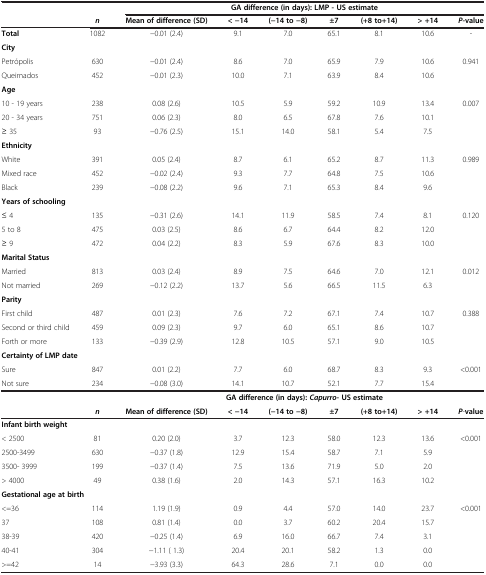
<table><thead><tr><td><b> </b></td><td><b> </b></td><td colspan="7"><b>GA difference (in days): LMP - US estimate</b></td></tr><tr><td><b> </b></td><td><b><i>n</i></b></td><td><b>Mean of difference (SD)</b></td><td><b>&lt; −14</b></td><td><b>(−14 to −8)</b></td><td><b>±7</b></td><td><b>(+8 to+14)</b></td><td><b>&gt; +14</b></td><td><b><i>P-</i>value</b></td></tr></thead><tbody><tr><td><b>Total</b></td><td>1082</td><td>−0.01 (2.4)</td><td>9.1</td><td>7.0</td><td>65.1</td><td>8.1</td><td>10.6</td><td>-</td></tr><tr><td colspan="9"><b>City</b></td></tr><tr><td>Petrópolis</td><td>630</td><td>−0.01 (2.4)</td><td>8.6</td><td>7.0</td><td>65.9</td><td>7.9</td><td>10.6</td><td rowspan="2">0.941</td></tr><tr><td>Queimados</td><td>452</td><td>−0.01 (2.3)</td><td>10.0</td><td>7.1</td><td>63.9</td><td>8.4</td><td>10.6</td></tr><tr><td colspan="9"><b>Age</b></td></tr><tr><td>10 - 19 years</td><td>238</td><td>0.08 (2.6)</td><td>10.5</td><td>5.9</td><td>59.2</td><td>10.9</td><td>13.4</td><td rowspan="3">0.007</td></tr><tr><td>20 - 34 years</td><td>751</td><td>0.06 (2.3)</td><td>8.0</td><td>6.5</td><td>67.8</td><td>7.6</td><td>10.1</td></tr><tr><td>≥ 35</td><td>93</td><td>−0.76 (2.5)</td><td>15.1</td><td>14.0</td><td>58.1</td><td>5.4</td><td>7.5</td></tr><tr><td colspan="9"><b>Ethnicity</b></td></tr><tr><td>White</td><td>391</td><td>0.05 (2.4)</td><td>8.7</td><td>6.1</td><td>65.2</td><td>8.7</td><td>11.3</td><td rowspan="3">0.989</td></tr><tr><td>Mixed race</td><td>452</td><td>−0.02 (2.4)</td><td>9.3</td><td>7.7</td><td>64.8</td><td>7.5</td><td>10.6</td></tr><tr><td>Black</td><td>239</td><td>−0.08 (2.2)</td><td>9.6</td><td>7.1</td><td>65.3</td><td>8.4</td><td>9.6</td></tr><tr><td colspan="9"><b>Years of schooling</b></td></tr><tr><td>≤ 4</td><td>135</td><td>−0.31 (2.6)</td><td>14.1</td><td>11.9</td><td>58.5</td><td>7.4</td><td>8.1</td><td>0.120</td></tr><tr><td>5 to 8</td><td>475</td><td>0.03 (2.5)</td><td>8.6</td><td>6.7</td><td>64.4</td><td>8.2</td><td>12.0</td><td> </td></tr><tr><td>≥ 9</td><td>472</td><td>0.04 (2.2)</td><td>8.3</td><td>5.9</td><td>67.6</td><td>8.3</td><td>10.0</td><td> </td></tr><tr><td colspan="9"><b>Marital Status</b></td></tr><tr><td>Married</td><td>813</td><td>0.03 (2.4)</td><td>8.9</td><td>7.5</td><td>64.6</td><td>7.0</td><td>12.1</td><td rowspan="2">0.012</td></tr><tr><td>Not married</td><td>269</td><td>−0.12 (2.2)</td><td>13.7</td><td>5.6</td><td>66.5</td><td>11.5</td><td>6.3</td></tr><tr><td colspan="9"><b>Parity</b></td></tr><tr><td>First child</td><td>487</td><td>0.01 (2.3)</td><td>7.6</td><td>7.2</td><td>67.1</td><td>7.4</td><td>10.7</td><td rowspan="3">0.388</td></tr><tr><td>Second or third child</td><td>459</td><td>0.09 (2.3)</td><td>9.7</td><td>6.0</td><td>65.1</td><td>8.6</td><td>10.7</td></tr><tr><td>Forth or more</td><td>133</td><td>−0.39 (2.9)</td><td>12.8</td><td>10.5</td><td>57.1</td><td>9.0</td><td>10.5</td></tr><tr><td colspan="9"><b>Certainty of LMP date</b></td></tr><tr><td>Sure</td><td>847</td><td>0.01 (2.2)</td><td>7.7</td><td>6.0</td><td>68.7</td><td>8.3</td><td>9.3</td><td>&lt;0.001</td></tr><tr><td>Not sure</td><td>234</td><td>−0.08 (3.0)</td><td>14.1</td><td>10.7</td><td>52.1</td><td>7.7</td><td>15.4</td><td> </td></tr><tr><td> </td><td> </td><td colspan="7"><b>GA difference </b><b>(in days): </b><b><i>Capurro- </i></b><b>US estimate</b></td></tr><tr><td> </td><td><b><i>n</i></b></td><td><b>Mean of difference </b><b>(SD)</b></td><td><b>&lt; −14</b></td><td><b>(−14 to </b><b>−8)</b></td><td><b>±7</b></td><td><b>(+8 to+</b><b>14)</b></td><td><b>&gt; +14</b></td><td><b><i>P</i></b>-<b>value</b></td></tr><tr><td colspan="9"><b>Infant birth weight</b></td></tr><tr><td>&lt; 2500</td><td>81</td><td>0.20 (2.0)</td><td>3.7</td><td>12.3</td><td>58.0</td><td>12.3</td><td>13.6</td><td rowspan="4">&lt;0.001</td></tr><tr><td>2500-3499</td><td>630</td><td>−0.37 (1.8)</td><td>12.9</td><td>15.4</td><td>58.7</td><td>7.1</td><td>5.9</td></tr><tr><td>3500- 3999</td><td>199</td><td>−0.37 (1.4)</td><td>7.5</td><td>13.6</td><td>71.9</td><td>5.0</td><td>2.0</td></tr><tr><td>&gt; 4000</td><td>49</td><td>0.38 (1.6)</td><td>2.0</td><td>14.3</td><td>57.1</td><td>16.3</td><td>10.2</td></tr><tr><td colspan="9"><b>Gestational age at birth</b></td></tr><tr><td>&lt;=36</td><td>114</td><td>1.19 (1.9)</td><td>0.9</td><td>4.4</td><td>57.0</td><td>14.0</td><td>23.7</td><td rowspan="4">&lt;0.001</td></tr><tr><td>37</td><td>108</td><td>0.81 (1.4)</td><td>0.0</td><td>3.7</td><td>60.2</td><td>20.4</td><td>15.7</td></tr><tr><td>38-39</td><td>420</td><td>−0.25 (1.4)</td><td>6.9</td><td>16.0</td><td>66.7</td><td>7.4</td><td>3.1</td></tr><tr><td>40-41</td><td>304</td><td>−1.11 ( 1.3)</td><td>20.4</td><td>20.1</td><td>58.2</td><td>1.3</td><td>0.0</td></tr><tr><td>&gt;=42</td><td>14</td><td>−3.93 (3.3)</td><td>64.3</td><td>28.6</td><td>7.1</td><td>0.0</td><td>0.0</td><td> </td></tr></tbody></table>